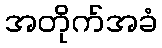
အတိုက်အခံ